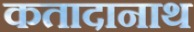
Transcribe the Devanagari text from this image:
कतादानाथ